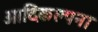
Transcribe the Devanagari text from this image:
आदिकल्पना